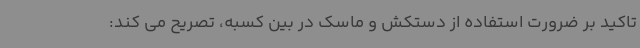
تاکید بر ضرورت استفاده از دستکش و ماسک در بین کسبه، تصریح می کند: